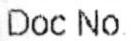
DOC NO